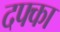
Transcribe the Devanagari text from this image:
दफ्का